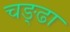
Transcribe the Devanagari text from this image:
चङ्ढा